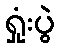
ရှုံးပွဲ